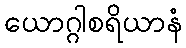
ယောဂ္ဂါစရိယာနံ